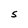
Character: S